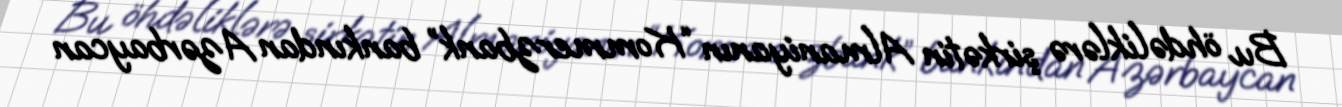
Bu öhdəliklərə şirkətin Almaniyanın “Kommerzbank” bankından Azərbaycan